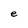
Character: e